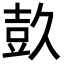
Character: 𭐕